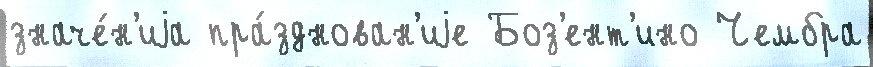
значе́н'иjа пра́зднован'иjе Боз'ент'ино Чембра